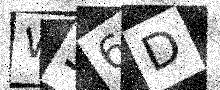
Text: W36D